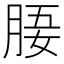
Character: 𣍲